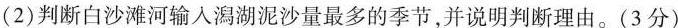
（2）判断白沙滩河输入澙湖泥沙量最多的季节，并说明判断理由。（3分）